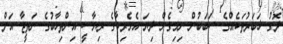
ދޮގު ޚަބަރުތަކެއްގެ ސަބަބުން ނިމިގެން ދިޔަ އެމެރިކާގެ ރިޔާސީ އިންތިހާބުގެ ނަތީޖާ އަށް